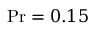
\operatorname* { P r } = 0 . 1 5